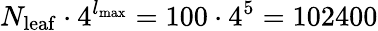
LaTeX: N_{{\mathrm{leaf}}}\cdot 4^{l_{{\mathrm{max}}}}=100\cdot 4^{5}=102400